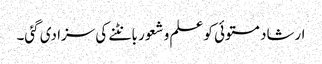
ارشاد مستوئی کو علم و شعور بانٹنے کی سزا دی گئی۔